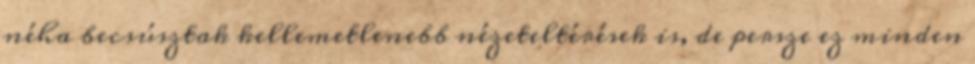
néha becsúsztak kellemetlenebb nézeteltérések is, de persze ez minden